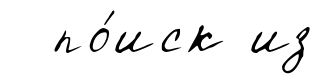
по́иск из